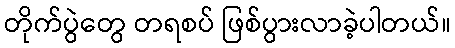
တိုက်ပွဲတွေ တရစပ် ဖြစ်ပွားလာခဲ့ပါတယ်။